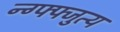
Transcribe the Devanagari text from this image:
न्ग्फ्फ्जुत्य